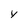
Character: y